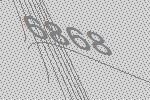
6868